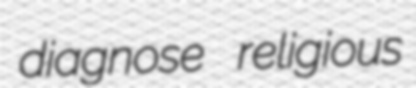
diagnose religious